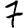
Digit: 7